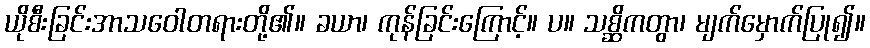
ယိုစီးခြင်းအာသဝေါတရားတို့၏။ ခယာ၊ ကုန်ခြင်းကြောင့်။ ပ။ သစ္ဆိကတွာ၊ မျက်မှောက်ပြု၍။